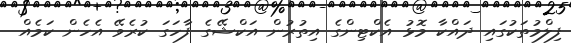
ފިލްމުތަކުގައި ދައްކާ މޮޅު އެކްޓިންގެ އިތުރުން އަކްޝޭގެ ފާހަގަ ކުރެވޭ އެހެން ކަމެއް